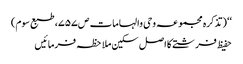
‘‘ (تذکرہ مجموعہ وحی والہامات ص۷۵۷، طبع سوم)
حفیظ فرشتے کا اصل سکین ملاحظہ فرمائیں